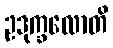
ဥဒုက္ခလောတိ